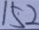
1 5 2